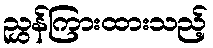
ညွှန်ကြားထားသည့်